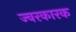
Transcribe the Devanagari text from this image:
ज्‍वरकारक